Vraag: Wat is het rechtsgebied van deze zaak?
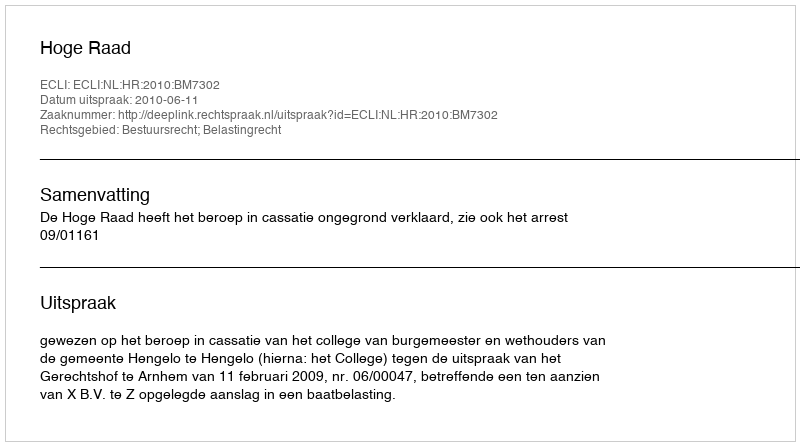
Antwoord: Bestuursrecht; Belastingrecht